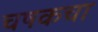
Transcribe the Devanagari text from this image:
चषकचा